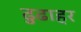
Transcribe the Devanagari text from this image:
ढुढाहर